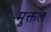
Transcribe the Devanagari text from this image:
मुक्तल